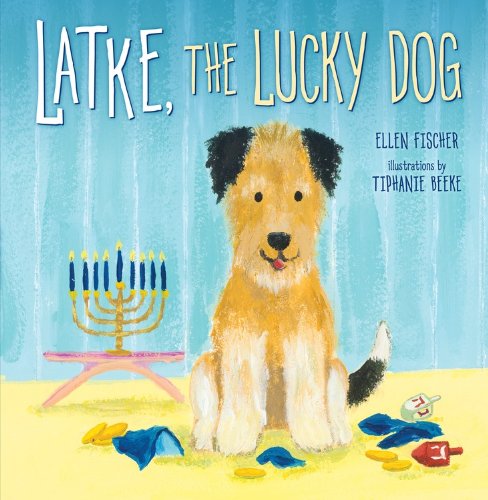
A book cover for Latke, the Lucky Dog (Hanukkah); Ellen Fischer; Children's Books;